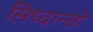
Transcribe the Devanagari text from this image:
सिध्दान्तो